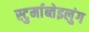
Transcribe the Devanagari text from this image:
स्टुर्माब्तेइलुंग